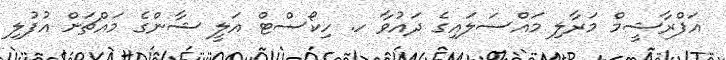
އަފްރާޝީމް މަރާލި މައްސަލައިގެ ދައުވާ ހ. ހިކޯސްޓް އަލީ ޝާންގެ މައްޗަށް އުފުލި